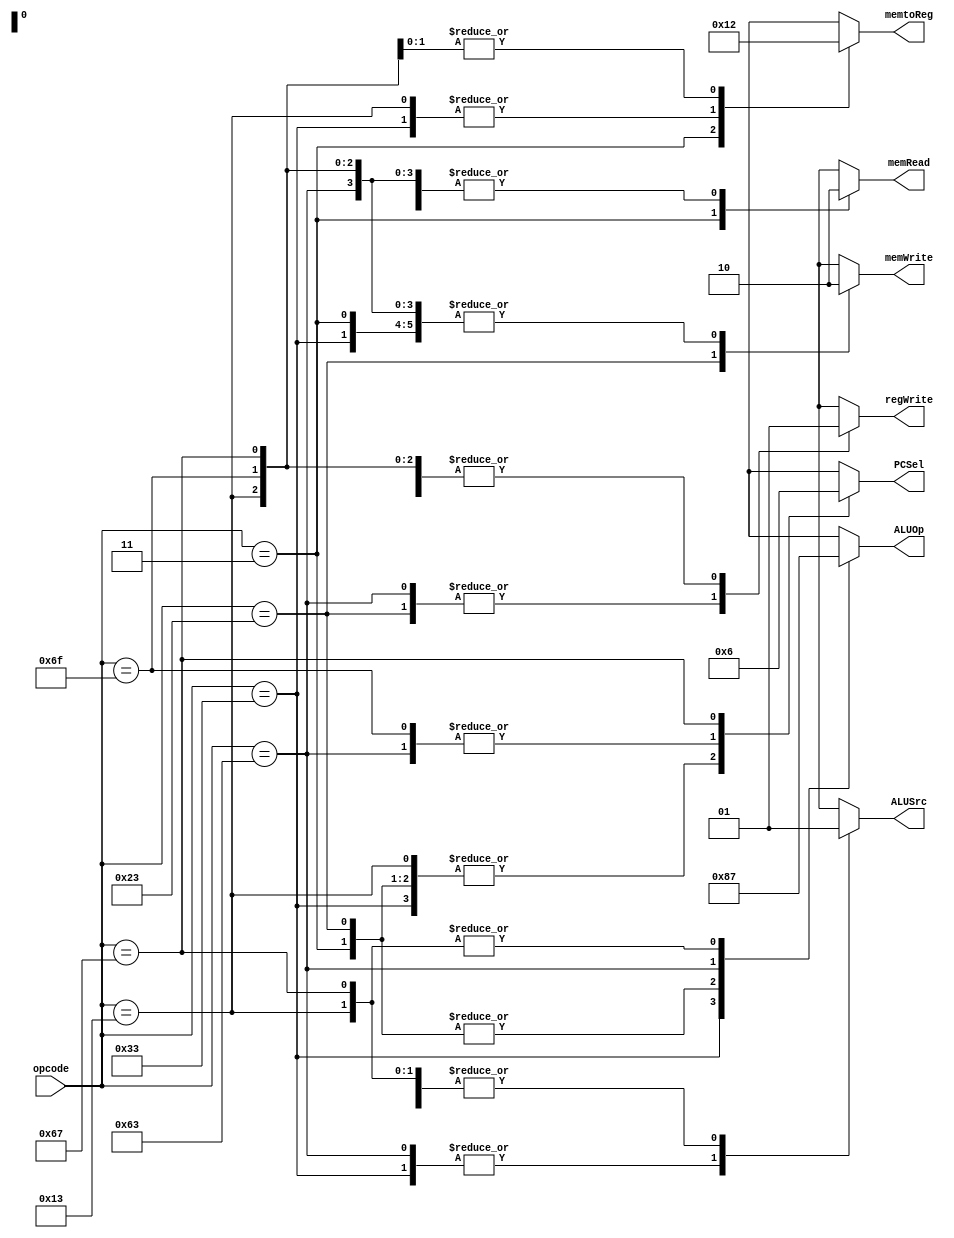
module Control (
    input [6:0] opcode,
    output reg [1:0] PCSel,
    output reg memRead,
    output reg [1:0] memtoReg,
    output reg [1:0] ALUOp,
    output reg memWrite,
    output reg ALUSrc,
    output reg regWrite
);

    // TODO: implement your Control here
    // Hint: follow the Architecture (figure in spec) to set output signal
    always @(*) begin
		case(opcode)
			7'b0110011: begin // R type
				ALUSrc   = 1'b0;
				memtoReg = 2'b00;
				regWrite = 1'b1;
				memRead  = 1'b0;
				memWrite = 1'b0;
				PCSel    = 2'b00;
				ALUOp    = 2'b10;
			end
			7'b0000011: begin // load
				ALUSrc   = 1'b1;
				memtoReg = 2'b01;
				regWrite = 1'b1;
				memRead  = 1'b1;
				memWrite = 1'b0;
				PCSel    = 2'b00;
				ALUOp    = 2'b00;
			end
			7'b0100011: begin // store
				ALUSrc   = 1'b1;
				memtoReg = 2'bxx;
				regWrite = 1'b0;
				memRead  = 1'b0;
				memWrite = 1'b1;
				PCSel    = 2'b00;
				ALUOp    = 2'b00;
			end
			7'b1100011: begin // branch
				ALUSrc   = 1'b0;
				memtoReg = 2'bxx;
				regWrite = 1'b0;
				memRead  = 1'b0;
				memWrite = 1'b0;
				PCSel    = 2'b01;
				ALUOp    = 2'b01;
			end
			7'b0010011: begin // I type
				ALUSrc   = 1'b1;
				memtoReg = 2'b00;
				regWrite = 1'b1;
				memRead  = 1'b0;
				memWrite = 1'b0;
				PCSel    = 2'b00;
				ALUOp    = 2'b11;
			end
			7'b1101111: begin // jal
				ALUSrc   = 1'bx;
				memtoReg = 2'b10;
				regWrite = 1'b1;
				memRead  = 1'b0;
				memWrite = 1'b0;
				PCSel    = 2'b01;
				ALUOp    = 2'bxx;
			end
			7'b1100111: begin // jalr
				ALUSrc   = 1'b1;
				memtoReg = 2'b10;
				regWrite = 1'b1;
				memRead  = 1'b0;
				memWrite = 1'b0;
				PCSel    = 2'b10;
				ALUOp    = 2'b11;
			end
			default   : begin
				ALUSrc   = 1'bx;
				memtoReg = 2'bxx;
				regWrite = 1'bx;
				memRead  = 1'bx;
				memWrite = 1'bx;
				PCSel    = 2'bxx;
				ALUOp    = 2'bxx;
			end
		endcase
	end

endmodule